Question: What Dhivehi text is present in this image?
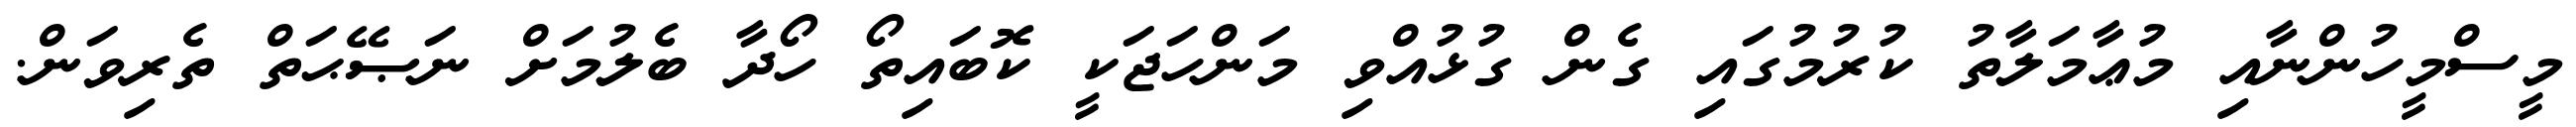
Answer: މީސްމީހުންނާއި މުޢާމަލާތު ކުރުމުގައި ގެން ގުޅުއްވި މަންހަޖަކީ ކޮބައިތޯ ހޯދާ ބެލުމަށް ނަޞޭޙަތް ތެރިވަން.